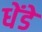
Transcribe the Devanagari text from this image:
धेंडे